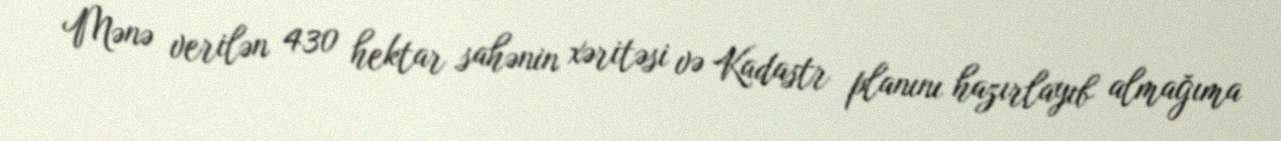
Mənə verilən 430 hektar sahənin xəritəsi və Kadastr planını hazırlayıb almağıma